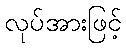
လုပ်အားဖြင့်